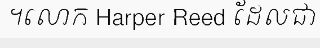
។លោក Harper Reed ដែលជា